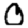
Digit: 0